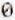
0